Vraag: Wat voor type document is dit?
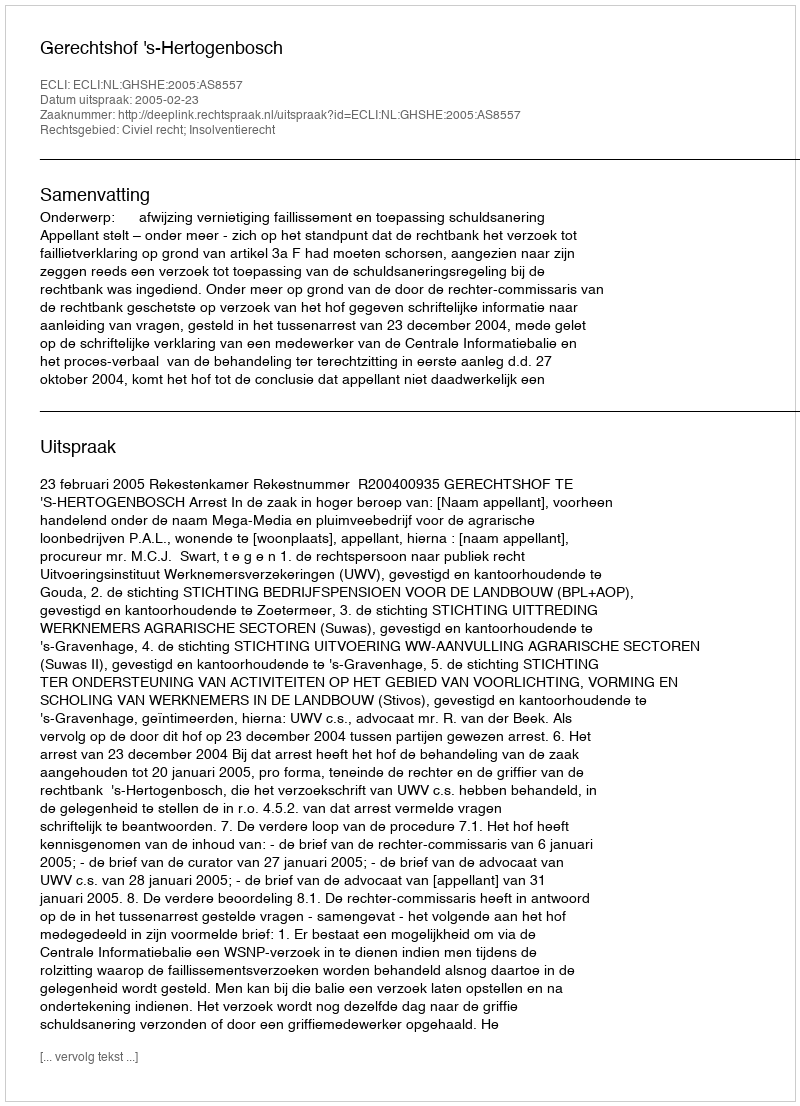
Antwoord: Uitspraak